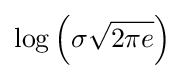
\log \left(\sigma {\sqrt {2\pi e}}\right)